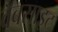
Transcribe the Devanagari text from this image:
वॅबसाइट